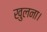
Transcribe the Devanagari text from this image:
खुलना।